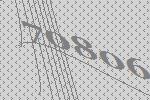
70806